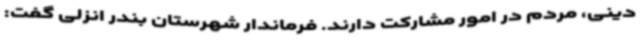
دینی، مردم در امور مشارکت دارند. فرماندار شهرستان بندر انزلی گفت: